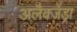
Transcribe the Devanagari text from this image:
अलैक्जेंड्रा